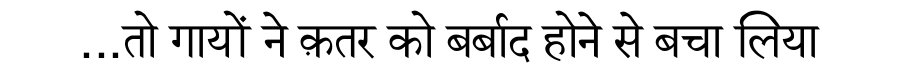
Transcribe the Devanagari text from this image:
...तो गायों ने क़तर को बर्बाद होने से बचा लिया